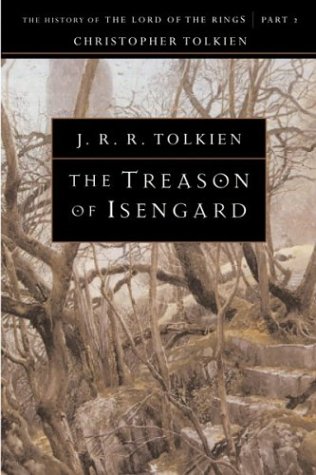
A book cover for The Treason of Isengard: The History of The Lord of the Rings, Part Two (The History of Middle-Earth, Vol. 7); J. R. R. Tolkien; Science Fiction & Fantasy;